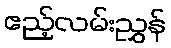
ဧည့်လမ်းညွှန်